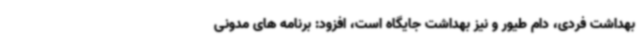
بهداشت فردی، دام طیور و نیز بهداشت جایگاه است، افزود: برنامه های مدونی